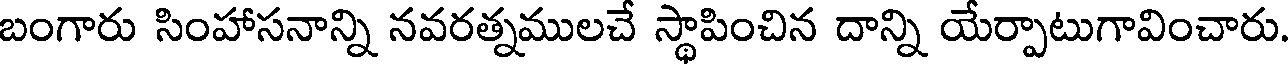
బంగారు సింహాసనాన్ని నవరత్నములచే స్థాపించిన దాన్ని యేర్పాటుగావించారు.